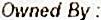
OWNED BY :